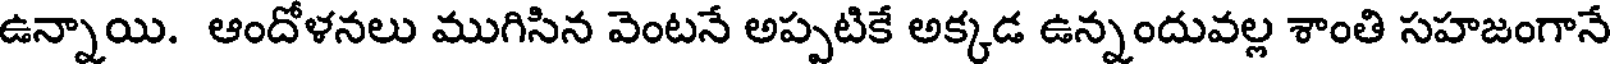
ఉన్నాయి. ఆందోళనలు ముగిసిన వెంటనే అప్పటికే అక్కడ ఉన్నందువల్ల శాంతి సహజంగానే